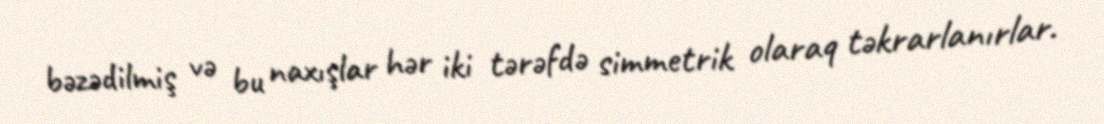
bəzədilmiş və bu naxışlar hər iki tərəfdə simmetrik olaraq təkrarlanırlar.